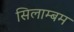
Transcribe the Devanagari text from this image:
सिलाम्बम